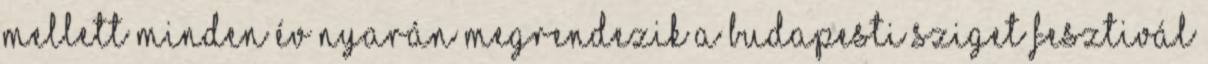
mellett minden év nyarán megrendezik a budapesti Sziget Fesztivál